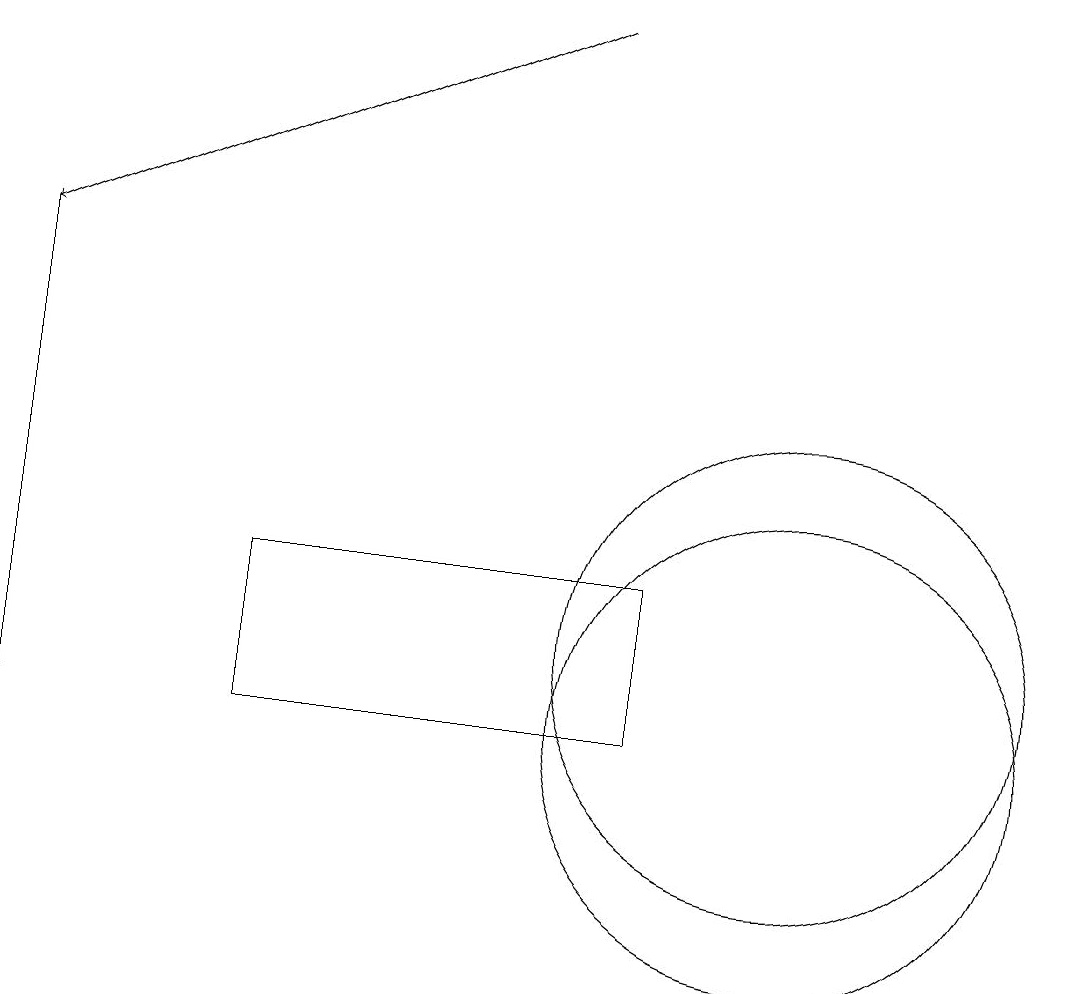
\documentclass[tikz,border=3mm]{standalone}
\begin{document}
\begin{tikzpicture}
\draw (11,11) circle (3);
\draw (11,10) circle (3);
\draw (1,10) rectangle (1,16);
\draw[->] (8,19) -- (1,16);
\draw (4,10) rectangle (9,12);
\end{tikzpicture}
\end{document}